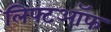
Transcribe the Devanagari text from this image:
लिफ्टऑफ